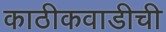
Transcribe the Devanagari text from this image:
काठीकवाडीची